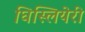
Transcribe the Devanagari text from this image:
घिस्लियेरी